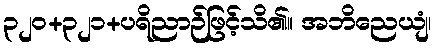
၃၂၀+၃၂၁+ပရိညာဉ်ဖြင့်သိ၏။ အဘိညေယျံ၊